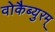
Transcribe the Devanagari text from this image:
वोकैब्युरम्